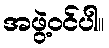
အဖွဲ့ဝင်ပါ။